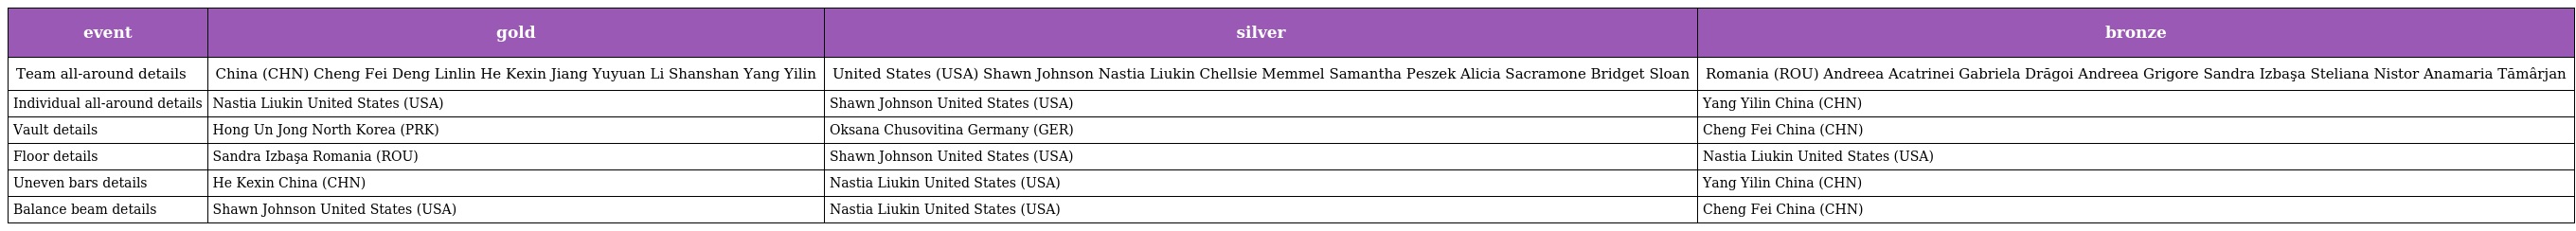
| event | gold | silver | bronze |
 | --- | --- | --- | --- |
 | Team all-around details | China (CHN) Cheng Fei Deng Linlin He Kexin Jiang Yuyuan Li Shanshan Yang Yilin | United States (USA) Shawn Johnson Nastia Liukin Chellsie Memmel Samantha Peszek Alicia Sacramone Bridget Sloan | Romania (ROU) Andreea Acatrinei Gabriela Drăgoi Andreea Grigore Sandra Izbaşa Steliana Nistor Anamaria Tămârjan |
 | Individual all-around details | Nastia Liukin United States (USA) | Shawn Johnson United States (USA) | Yang Yilin China (CHN) |
 | Vault details | Hong Un Jong North Korea (PRK) | Oksana Chusovitina Germany (GER) | Cheng Fei China (CHN) |
 | Floor details | Sandra Izbaşa Romania (ROU) | Shawn Johnson United States (USA) | Nastia Liukin United States (USA) |
 | Uneven bars details | He Kexin China (CHN) | Nastia Liukin United States (USA) | Yang Yilin China (CHN) |
 | Balance beam details | Shawn Johnson United States (USA) | Nastia Liukin United States (USA) | Cheng Fei China (CHN) |